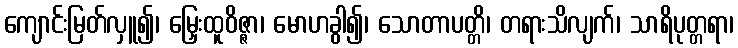
ကျောင်းမြတ်လှူ၍၊ မြှေးထူဝိဇ္ဇာ၊ မောဟခွါ၍၊ သောတာပတ္တိ၊ တရားသိလျက်၊ သာရိပုတ္တရာ၊